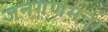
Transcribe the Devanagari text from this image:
जनगणमना